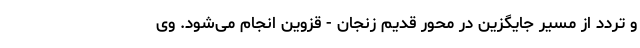
و تردد از مسیر جایگزین در محور قدیم زنجان - قزوین انجام می‌شود. وی